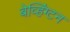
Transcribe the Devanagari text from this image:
बेव्हिंग्टन